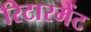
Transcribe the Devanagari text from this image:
रिटारमेंट